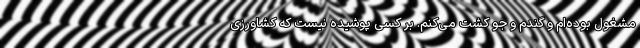
مشغول بوده‌ام و گندم و جو کشت می‌کنم. بر کسی پوشیده نیست که کشاورزی